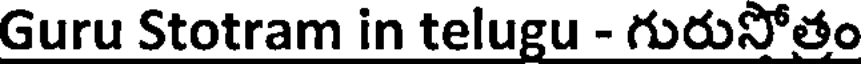
Guru Stotram in telugu - గురుసోతం